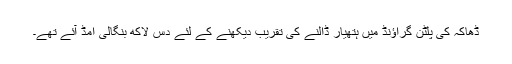
ڈھاکہ کی پلٹن گراؤنڈ میں ہتھیار ڈالنے کی تقریب دیکھنے کے لئے دس لاکھ بنگالی امڈ آئے تھے۔